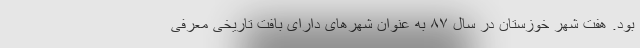
بود. هفت شهر خوزستان در سال ۸۷ به عنوان شهرهای دارای بافت تاریخی معرفی